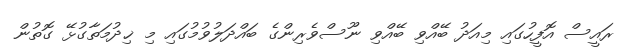
ރައީސް އޮފީހުގައި މިއަދު ބޭއްވި ބޭއްވި ނޫސްވެރިންގެ ބައްދަލުވުމުގައި މި ޚިދުމަތާގުޅޭ ގޮތުން